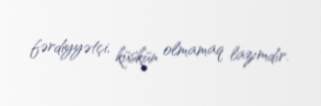
fərdiyyətçi, küskün olmamaq lazımdır.